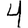
Digit: 4